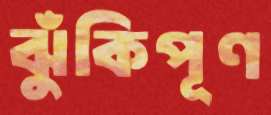
ঝুঁকিপূণ